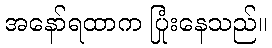
အနော်ရထာက ပြုံးနေသည်။